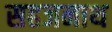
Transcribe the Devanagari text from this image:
सहजनाथ